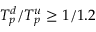
T _ { p } ^ { d } / T _ { p } ^ { u } \geq 1 / 1 . 2